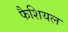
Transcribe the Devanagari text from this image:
फैशियल